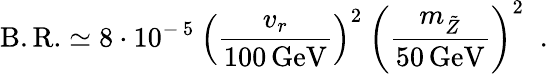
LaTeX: \mathrm{B.R.}\simeq 8\cdot 10^{-\, 5}\: \left(\frac{v_{r}}{100\, \mathrm{GeV}}\right)^{2}\: \left(\frac{m_{\tilde{Z}}}{50\, \mathrm{GeV}}\right)^{2}\; \; .